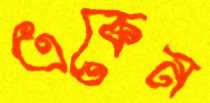
একেন